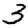
Digit: 3